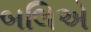
બલિએ